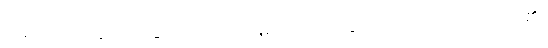
ဝိသုဿတိ (ဆဋ္ဌ) ခြောက်သကဲ့သို့။ မိလာယတိ (သေယျထာပိ)၊ ညှိုးသကဲ့၏။